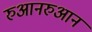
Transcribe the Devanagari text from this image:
रुआनरुआन